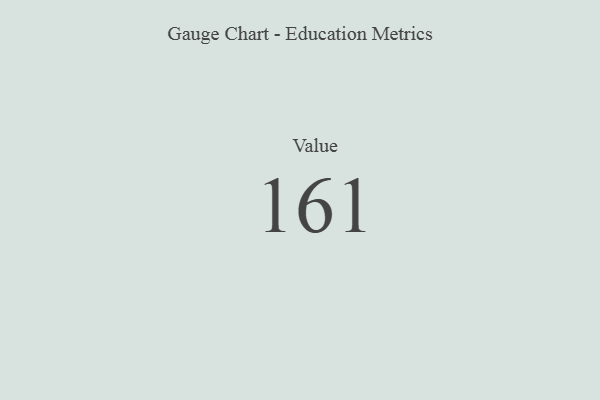
{"axis": {"x": "Metric", "y": "Value"}, "legend": [""], "data": [{"x": "Value", "y": 161, "type": ""}]}